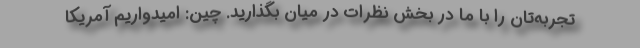
تجربه‌تان را با ما در بخش نظرات در میان بگذارید. چین: امیدواریم آمریکا